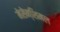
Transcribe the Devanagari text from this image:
मेसेन्शिमल